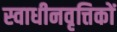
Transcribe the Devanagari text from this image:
स्वाधीनवृत्तिकों